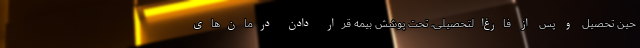
حین تحصیل و پس از فارغ‌التحصیلی، تحت پوشش بیمه قرار دادن درمان‌های